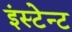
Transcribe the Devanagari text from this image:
इंस्टेन्ट